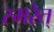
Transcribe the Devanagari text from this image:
स्मरेत्